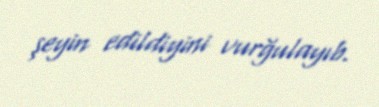
şeyin edildiyini vurğulayıb.